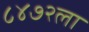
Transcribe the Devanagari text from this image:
८४७२ला